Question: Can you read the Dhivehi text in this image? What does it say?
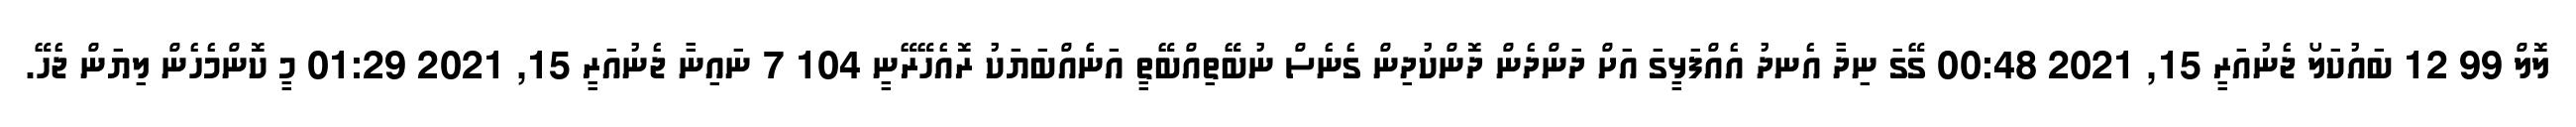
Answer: ލޮލް 99 12 ބައުކަލޯ ޖެނުއަރީ 15, 2021 00:48 ގޭގަ ނިދާ އެނދު އެއްފަޅީގަ އަށް ދަންދެން ދޮންކުދިން ގެނެސް ނުބޭތިއްބޭތީ އަނެެއްބަޔަކު ރޮއެހޭރޭނީ 104 7 ނައިނާ ޖެނުއަރީ 15, 2021 01:29 މީ ކޮންމެހެން ލިޔަން ޖެހޭ.